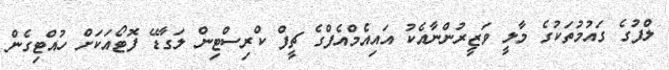
ލްފުގެ ގައުމުތަކުގެ މާލީ ވަޒީރުންނާއެކު އައިއެމްއެފްގެ ޗީފް ކްރިސްޓިން ލަގާޑޭ ފޮޓޯއަކަށް ހުއްޓިގެން